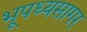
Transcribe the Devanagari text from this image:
भूपध्यसागर